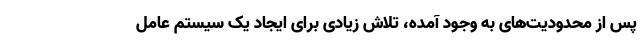
پس از محدودیت‌های به وجود آمده، تلاش زیادی برای ایجاد یک سیستم عامل